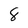
Character: 8